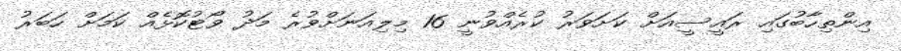
އިންތިހާބުގައި ރައީސީއަށް ކަށަވަރު ކުރެއްވުނީ 16 މިލިއަނަށްވުރެ މަދު ވޯޓުކޮޅެއް ކަމަށް ހަބަރު